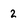
Character: 2